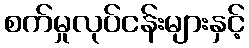
စက်မှုလုပ်ငန်းများနှင့်